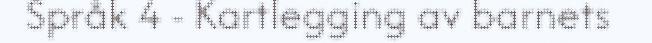
Språk 4 - Kartlegging av barnets